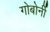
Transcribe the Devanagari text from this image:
गोबोर्नी